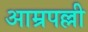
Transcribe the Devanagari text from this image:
आम्रपल्ली